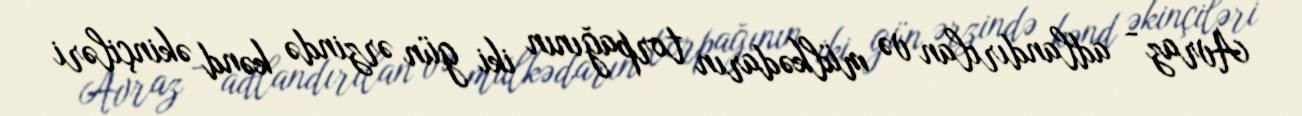
Avraz - adlandırılan və mülkədarın torpağının iki gün ərzində kənd əkinçiləri